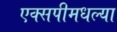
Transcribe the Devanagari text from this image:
एक्सपीमधल्या